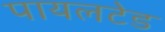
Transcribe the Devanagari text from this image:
पायलटेड